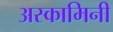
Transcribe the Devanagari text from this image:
अस्कामिनी